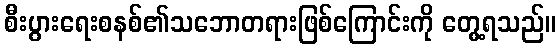
စီးပွားရေးစနစ်၏သဘောတရားဖြစ်ကြောင်းကို တွေ့ရသည်။